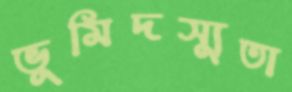
ভূমিদস্যুতা